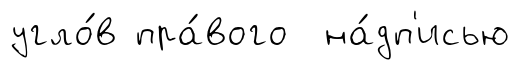
угло́в пра́вого на́дп'исью